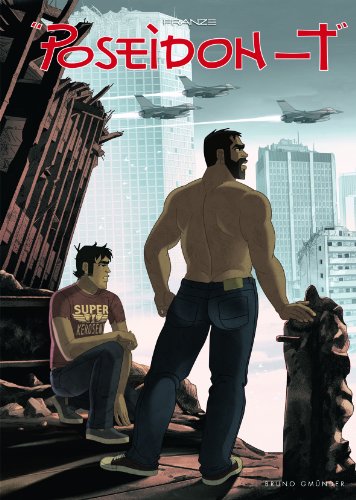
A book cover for Poseidon-T; Franze; Comics & Graphic Novels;